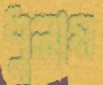
ধুলাম